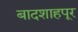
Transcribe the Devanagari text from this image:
बादशाहपूर